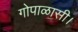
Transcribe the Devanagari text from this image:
गोपाळासी।